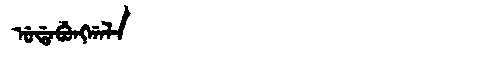
Manchu: ᡠᡩᠠᠪᡠᠩᡤᠠᠯᠠ
Romanization: UDABUNGGALA